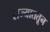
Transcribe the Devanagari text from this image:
राज्याततून